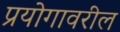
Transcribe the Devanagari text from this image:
प्रयोगावरील